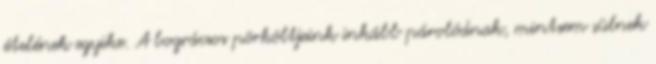
ételének egyike. A bográcsos pörköltjeink inkább párolódnak, mintsem sülnek